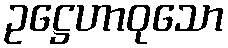
ဥဋ္ဌေဟာဝုသော